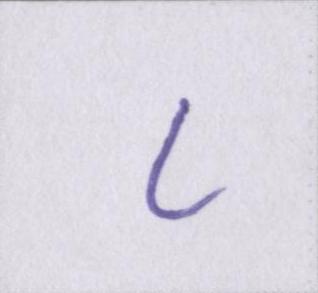
८